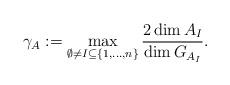
LaTeX: \begin{align*}\gamma_A := \max_{\emptyset \neq I \subseteq \{1,\ldots, n\}} \frac{ 2 \dim A_I}{\dim G_{A_I} }.\end{align*}